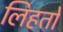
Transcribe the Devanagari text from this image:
लिहतो